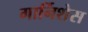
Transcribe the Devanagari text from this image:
गार्निशेस